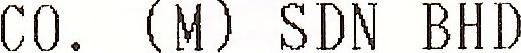
CO. (M) SDN BHD